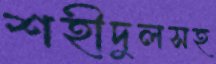
শহীদুলসহ